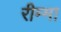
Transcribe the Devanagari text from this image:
रीम्मा